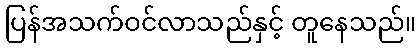
ပြန်အသက်ဝင်လာသည်နှင့် တူနေသည်။